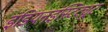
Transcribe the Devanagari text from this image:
इंडियनइंस्टिट्यूट